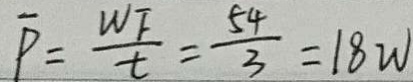
\overline { P } = \frac { W F } { t } = \frac { 5 4 } { 3 } = 1 8 w